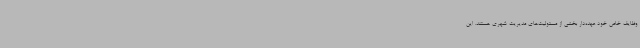
وظایف خاص خود عهده‌دار بخشی از مسئولیت‌های مدیریت شهری هستند. این